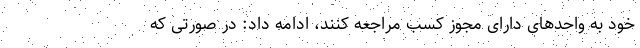
خود به واحد‌های دارای مجوز کسب مراجعه کنند، ادامه داد: در صورتی که